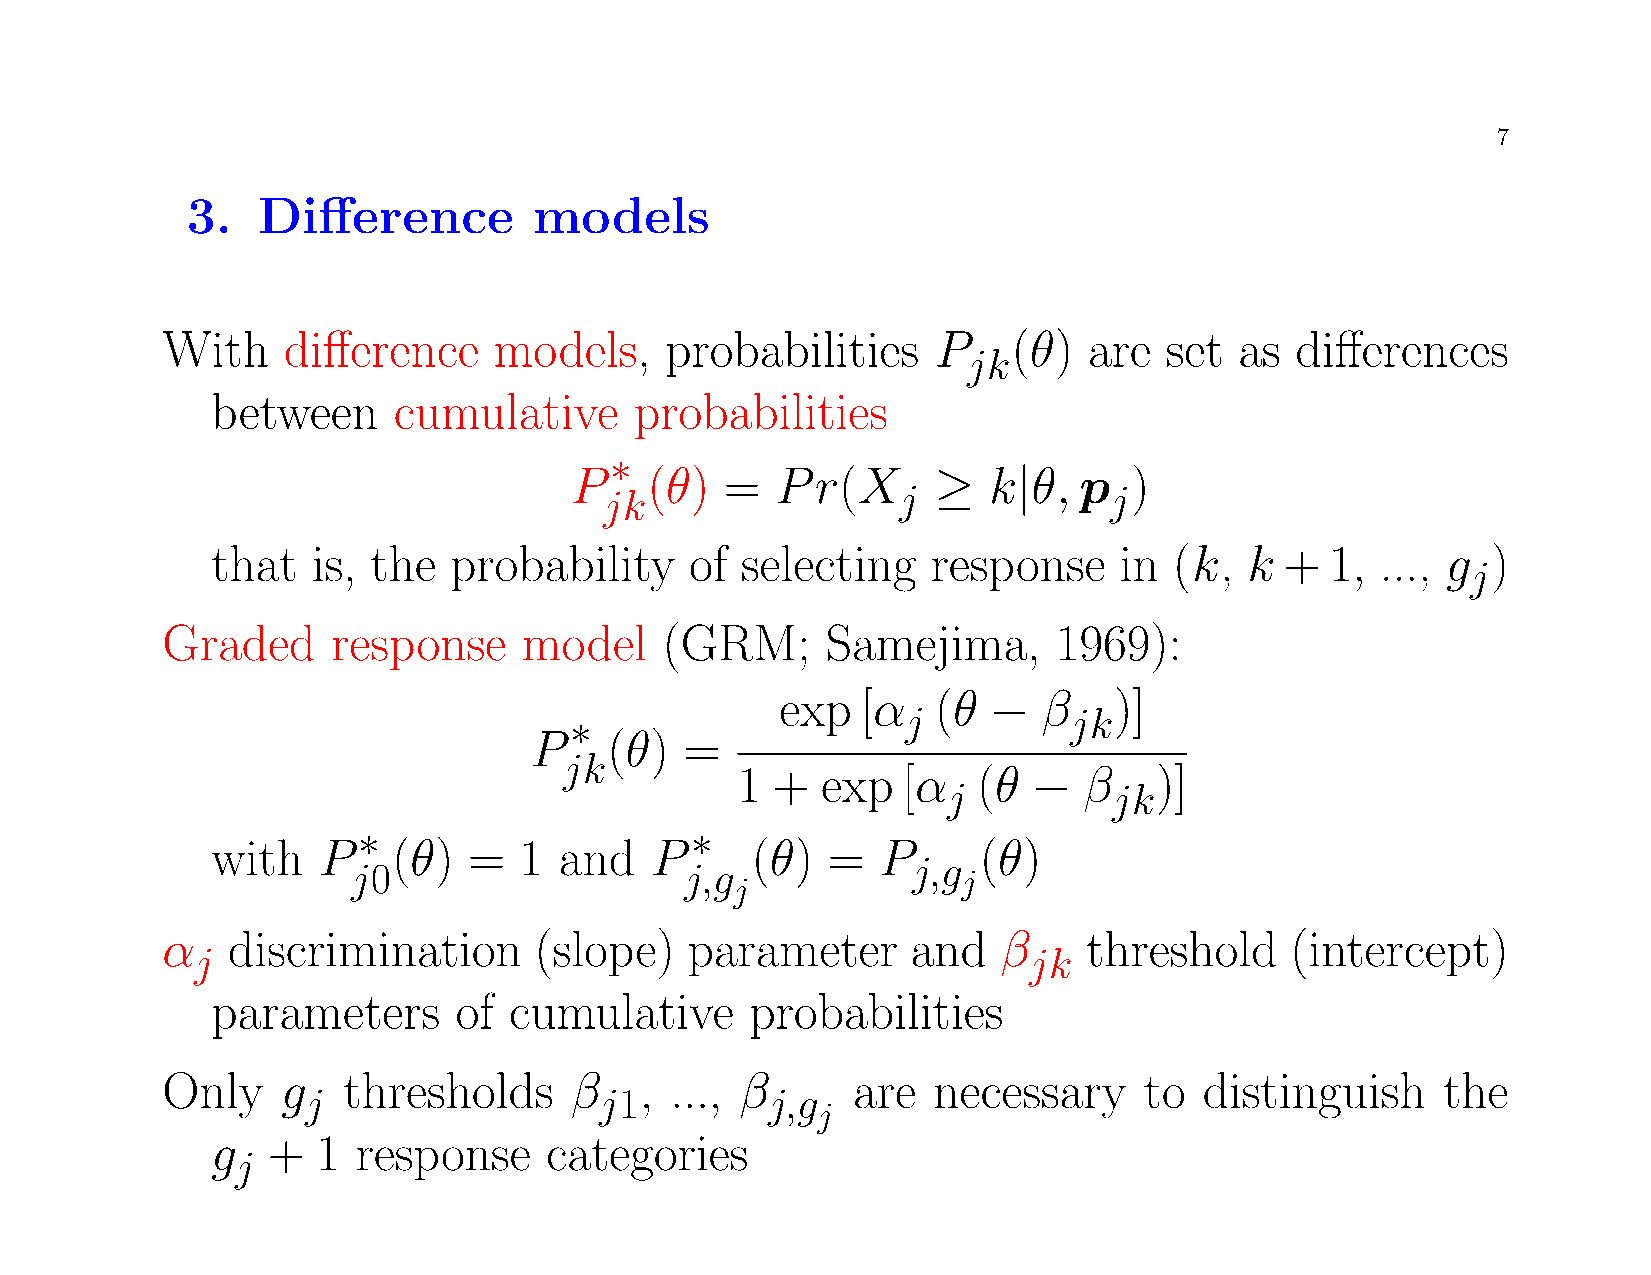
7
 3.   Difference        models
 With    difference    models,    probabilities     P    (θ)  are  set  as  differences
 jk
 between     cumulative      probabilities
 ∗
 P    (θ)  =  P  r(X     ≥  k|θ,  p   )
 jk                  j            j
 that   is, the  probability     of selecting    response    in  (k,  k +  1, ..., g  )
 j
 Graded     response     model    (GRM;      Samejima,      1969):
 exp  [α   (θ −   β    )]
 j          jk
 ∗
 P    (θ)  =
 jk
 1 +  exp   [α   (θ −   β   )]
 j          jk
 ∗                     ∗
 with   P    (θ)  =  1  and   P      (θ)  =  P      (θ)
 j,g
 j0                    j,g
 j
 j
 α   discrimination      (slope)    parameter     and   β     threshold    (intercept)
 j                                                      jk
 parameters      of  cumulative      probabilities
 Only    g   thresholds     β   , ..., β      are   necessary     to  distinguish     the
 j                   j1         j,g
 j
 g   +  1  response    categories
 j